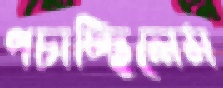
পচাচ্ছিলেম